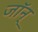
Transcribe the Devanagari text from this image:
जॉन्